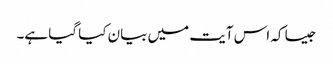
جیسا کہ اس آیت میں بیان کیا گیا ہے۔